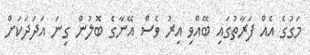
މަގުގެ އެއް ފަރާތުގައި ބޭއްވި އިރު ވެސް އޭނާގެ ބޮލުން ގިނަ އަދަދަކަށް